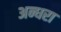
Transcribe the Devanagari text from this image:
अन्धरा